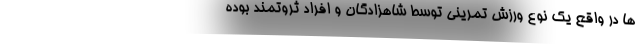
ها در واقع یک نوع ورزش تمرینی توسط شاهزادگان و افراد ثروتمند بوده